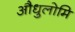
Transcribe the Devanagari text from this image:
औधुलोमि